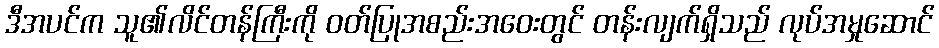
ဒီအပင်က သူ၏လိင်တန်ကြီးကို ဝတ်ပြုအစည်းအဝေးတွင် တန်းလျက်ရှိသည် လုပ်အမှုဆောင်